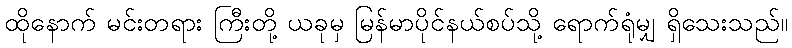
ထိုနောက် မင်းတရား ကြီးတို့ ယခုမှ မြန်မာပိုင်နယ်စပ်သို့ ရောက်ရုံမျှ ရှိသေးသည်။